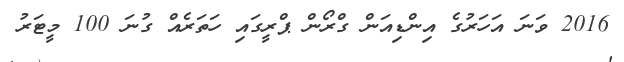
2016 ވަނަ އަހަރުގެ އިންޑިއަން ގްރޯން ޕްރީގައި ހަތަރެއް ގުނަ 100 މީޓަރު